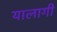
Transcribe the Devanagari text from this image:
यालागी